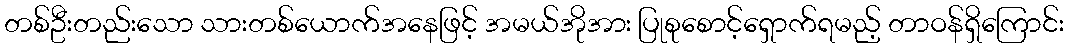
တစ်ဦးတည်းသော သားတစ်ယောက်အနေဖြင့် အမယ်အိုအား ပြုစုစောင့်ရှောက်ရမည့် တာဝန်ရှိကြောင်း